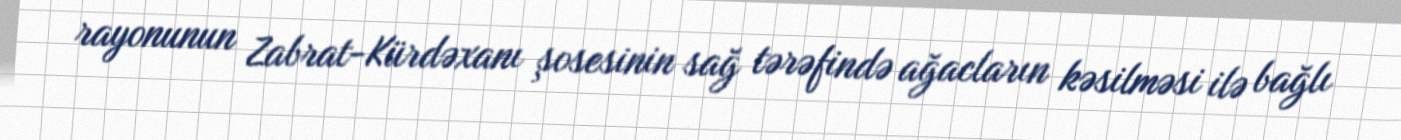
rayonunun Zabrat-Kürdəxanı şosesinin sağ tərəfində ağacların kəsilməsi ilə bağlı